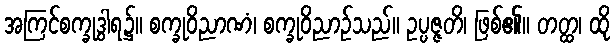
အကြင်စက္ခုဒွါရ၌။ စက္ခုဝိညာဏံ၊ စက္ခုဝိညာဉ်သည်။ ဥပ္ပဇ္ဇတိ၊ ဖြစ်၏။ တတ္ထ၊ ထို